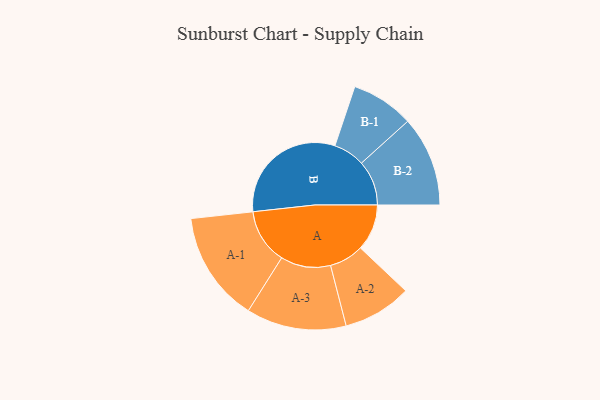
{"axis": {"x": "Segment", "y": "Value"}, "legend": ["", "A", "B"], "data": [{"x": "A", "y": 170, "type": ""}, {"x": "B", "y": 450, "type": ""}, {"x": "A-1", "y": 202, "type": "A"}, {"x": "A-2", "y": 126, "type": "A"}, {"x": "A-3", "y": 183, "type": "A"}, {"x": "B-1", "y": 115, "type": "B"}, {"x": "B-2", "y": 165, "type": "B"}]}